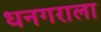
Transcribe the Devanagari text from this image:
धनगराला